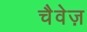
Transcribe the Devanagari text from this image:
चैवेज़